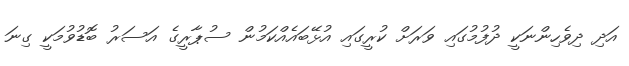
އަދި ދިވެހިންނަކީ ދުފުމުގައި ވަރަށް ކުރީގައި އުޅޭބައެއްކަމުން ސުޕާރީގެ އަސަރު ބޮޑުވުމަކީ ގިނަ